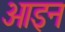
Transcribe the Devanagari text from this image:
ओइन